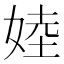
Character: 㛬